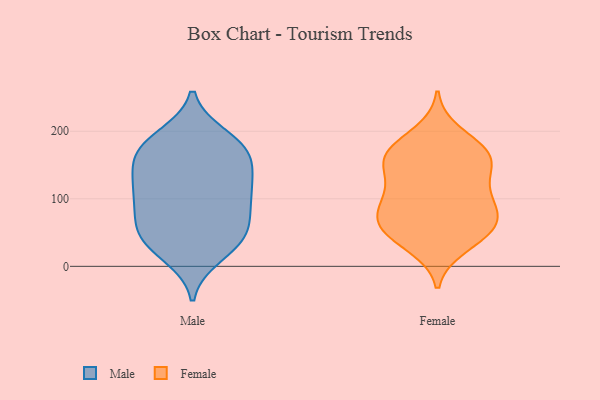
{"axis": {"x": "Humidity (%)", "y": "Value"}, "legend": ["Female", "Male"], "data": [{"x": "", "y": 31, "type": "Male"}, {"x": "", "y": 16, "type": "Male"}, {"x": "", "y": 166, "type": "Male"}, {"x": "", "y": 179, "type": "Male"}, {"x": "", "y": 67, "type": "Male"}, {"x": "", "y": 86, "type": "Male"}, {"x": "", "y": 192, "type": "Male"}, {"x": "", "y": 44, "type": "Male"}, {"x": "", "y": 118, "type": "Male"}, {"x": "", "y": 58, "type": "Male"}, {"x": "", "y": 103, "type": "Male"}, {"x": "", "y": 166, "type": "Male"}, {"x": "", "y": 187, "type": "Male"}, {"x": "", "y": 149, "type": "Male"}, {"x": "", "y": 162, "type": "Male"}, {"x": "", "y": 101, "type": "Male"}, {"x": "", "y": 55, "type": "Male"}, {"x": "", "y": 121, "type": "Male"}, {"x": "", "y": 123, "type": "Male"}, {"x": "", "y": 32, "type": "Male"}, {"x": "", "y": 97, "type": "Female"}, {"x": "", "y": 171, "type": "Female"}, {"x": "", "y": 66, "type": "Female"}, {"x": "", "y": 117, "type": "Female"}, {"x": "", "y": 35, "type": "Female"}, {"x": "", "y": 172, "type": "Female"}, {"x": "", "y": 198, "type": "Female"}, {"x": "", "y": 143, "type": "Female"}, {"x": "", "y": 55, "type": "Female"}, {"x": "", "y": 29, "type": "Female"}, {"x": "", "y": 109, "type": "Female"}, {"x": "", "y": 160, "type": "Female"}, {"x": "", "y": 169, "type": "Female"}, {"x": "", "y": 64, "type": "Female"}, {"x": "", "y": 144, "type": "Female"}, {"x": "", "y": 89, "type": "Female"}, {"x": "", "y": 161, "type": "Female"}, {"x": "", "y": 61, "type": "Female"}, {"x": "", "y": 88, "type": "Female"}, {"x": "", "y": 57, "type": "Female"}]}